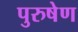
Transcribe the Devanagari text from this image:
पुरुषेण